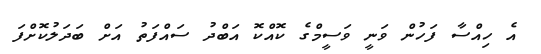
އެ ހިއްސާ ފަހުން ވަނީ ވަސީމްގެ ކޮއްކޮ އަބްދު ސައްފަތު އަށް ބަދަލުކޮށްފަ